Indian journal of veterinary science and animal husbandry - Volumes 24-25, 1954-1955
Year: 1954
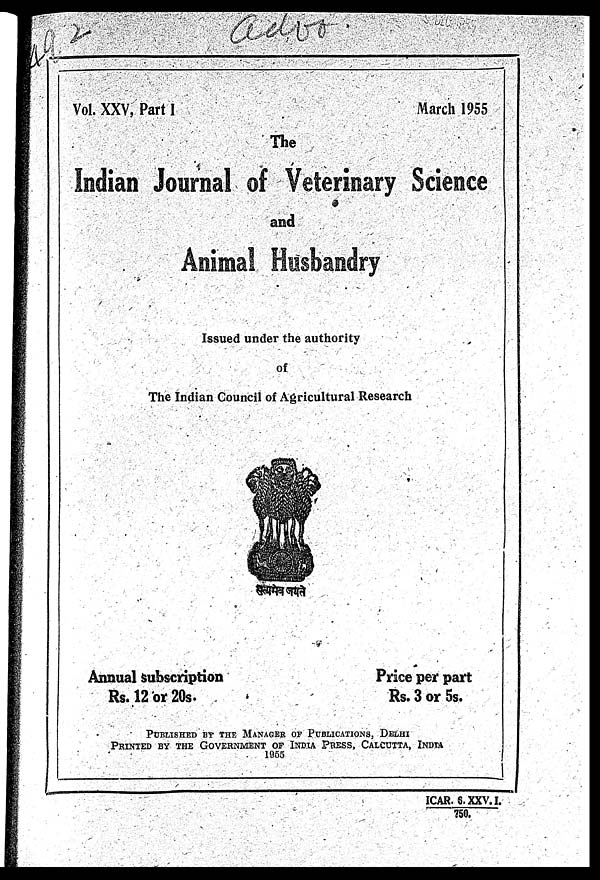
Vol. XXV, Part I
March 1955
The
Indian Journal of Veterinary Science
and
Animal Husbandry
Issued under the authority
of
The Indian Council of Agricultural Research
Annual Subscription
Rs. 12 or 20s.
Price per part
Rs. 3 or 5s.
PUBLISHED BY THE MANAGER OF PUBLICATIONS, DELHI
PRINTED BY THE GOVERNMENT OF INDIA PRESS, CALCUTTA, INDIA
1955
ICAR. 6. XXV. I.
750.